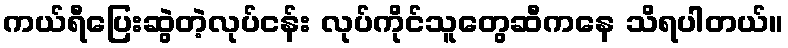
ကယ်ရီပြေးဆွဲတဲ့လုပ်ငန်း လုပ်ကိုင်သူတွေဆီကနေ သိရပါတယ်။